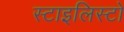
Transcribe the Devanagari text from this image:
स्टाइलिस्टों